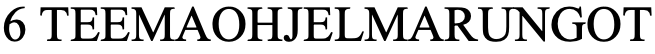
6 TEEMAOHJELMARUNGOT